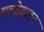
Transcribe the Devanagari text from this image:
सत्योद्घाटन